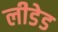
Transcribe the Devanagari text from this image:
लीडेड